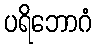
ပရိဘောဂံ